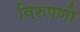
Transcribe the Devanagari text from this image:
विरुपणी